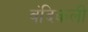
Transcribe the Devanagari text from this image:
वंदिकली